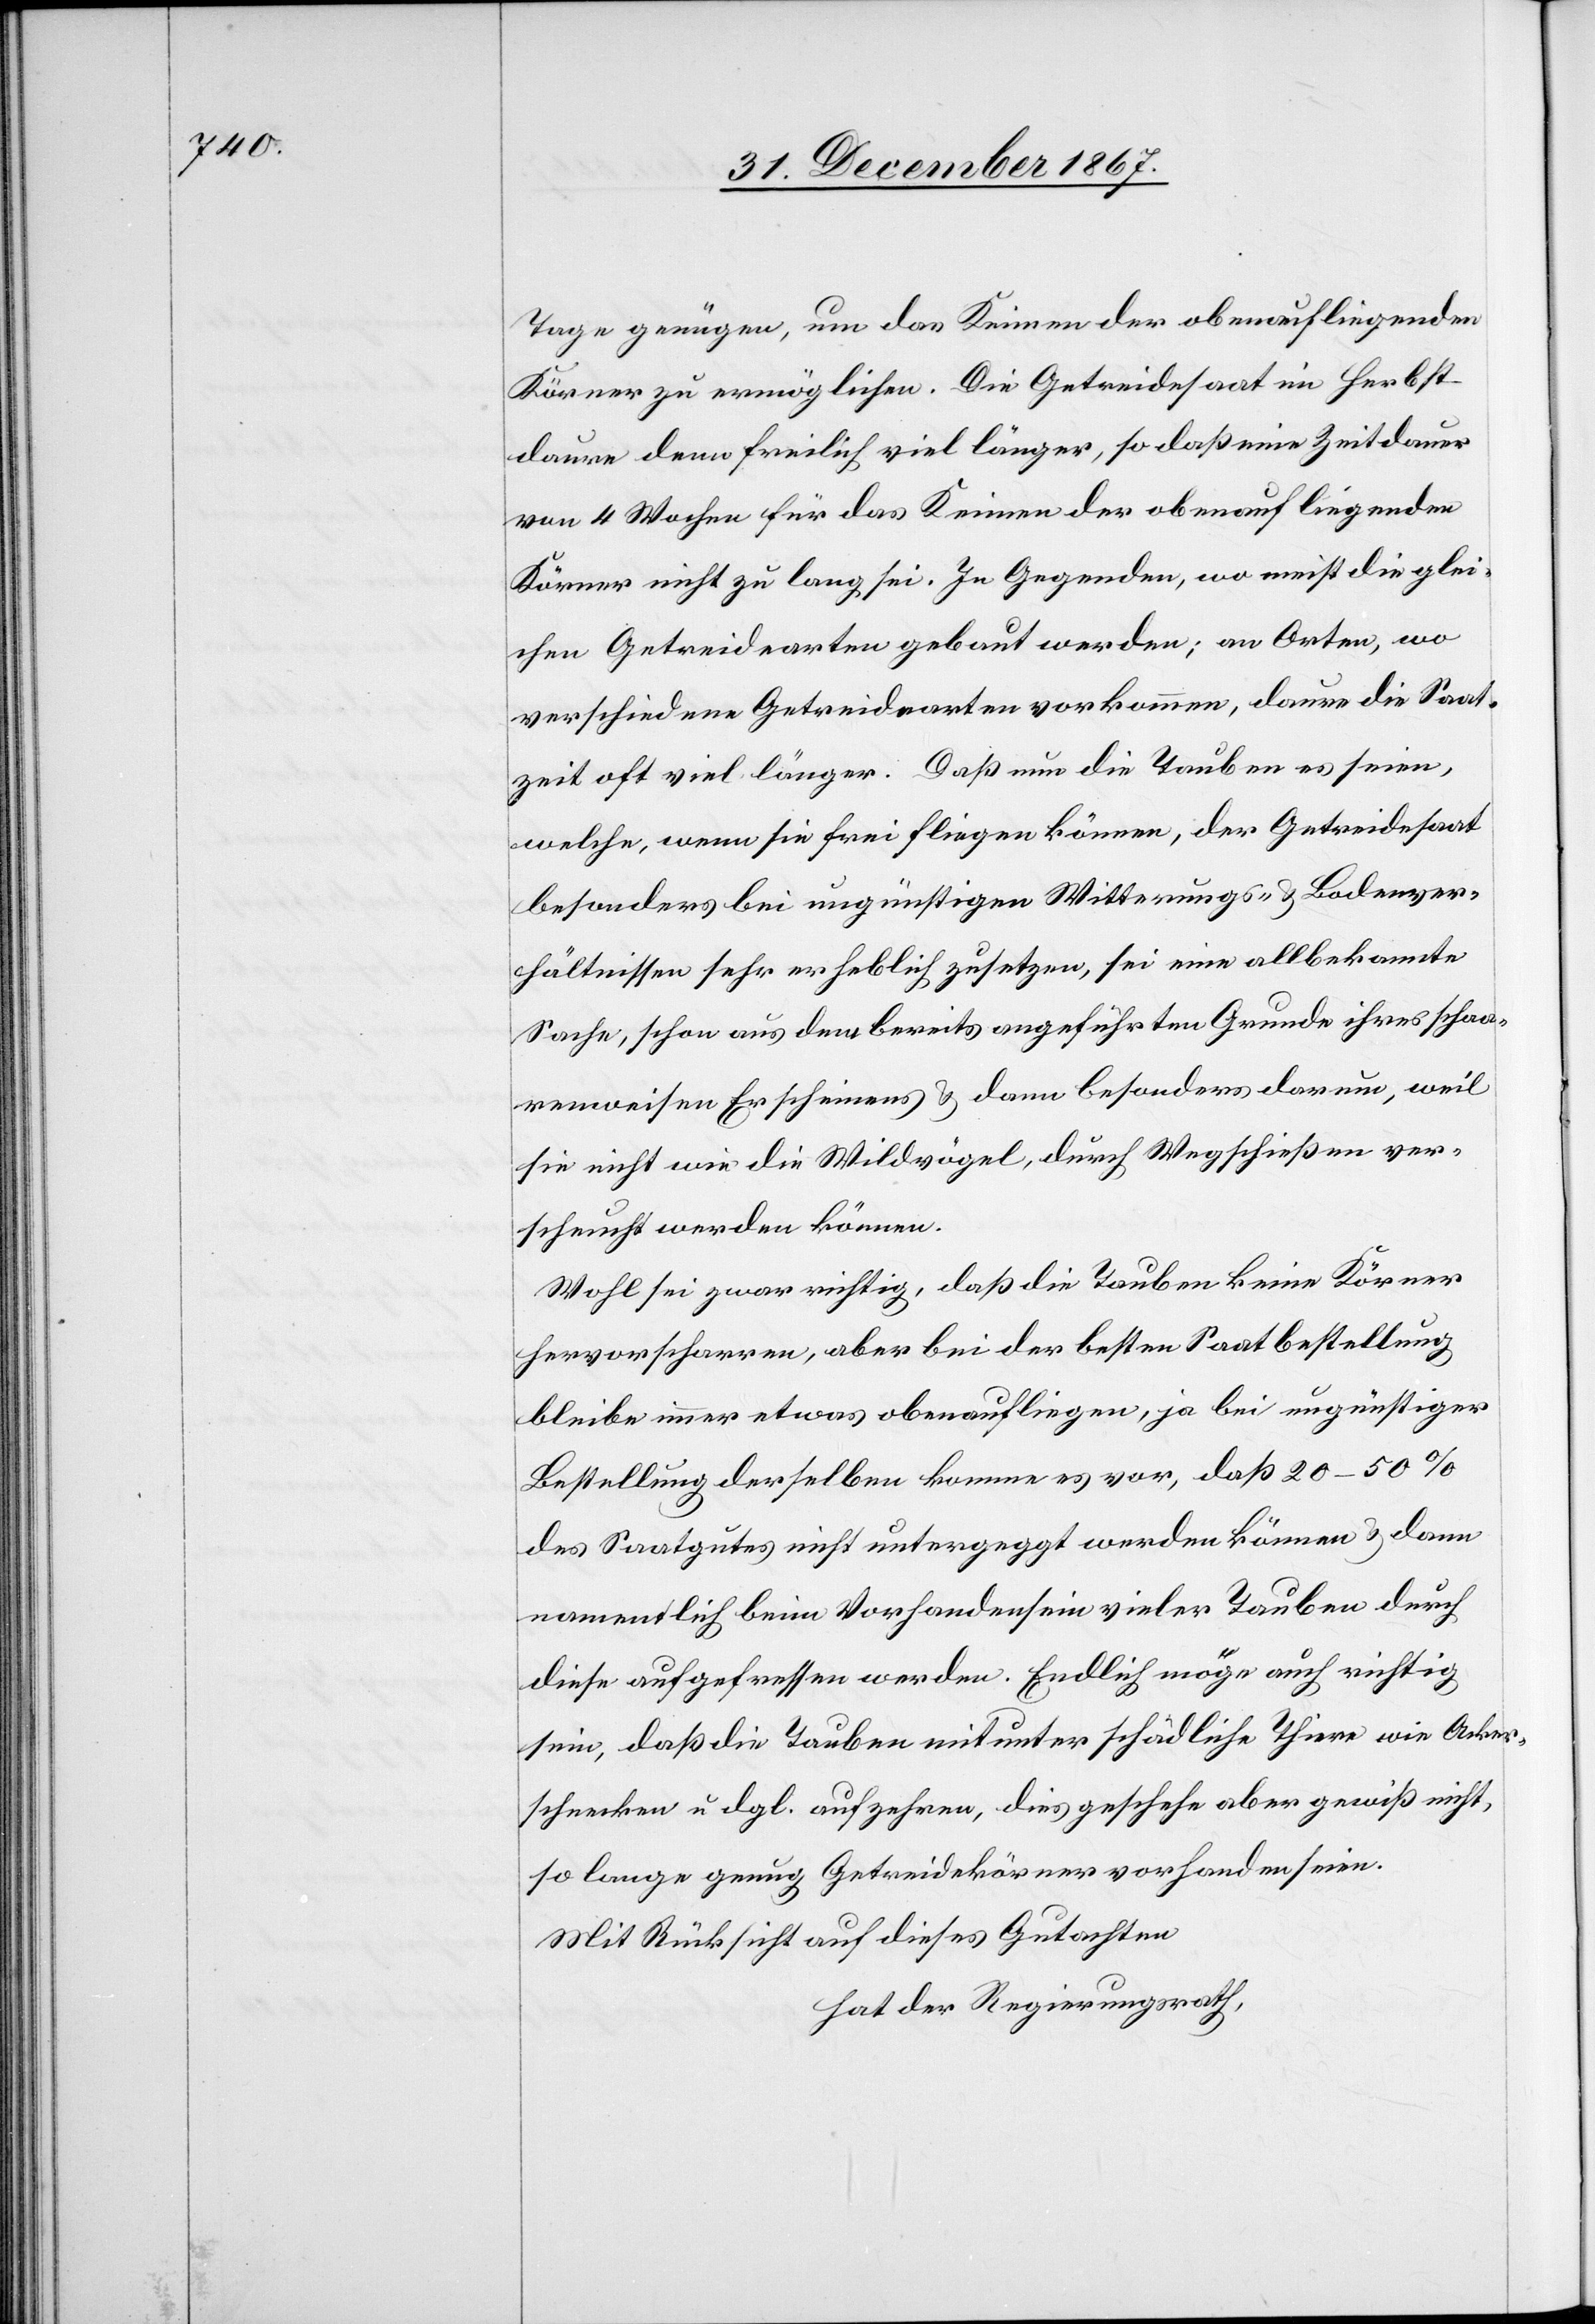
Tage genügen, um das Keimen der obenaufliegenden
Körner zu ermöglichen. Die Getreidesaat im Herbst
daure denn freilich viel länger, so daß eine Zeitdauer
von 4 Wochen für das Keimen der obenauf liegenden
Körner nicht zu lang sei. In Gegenden, wo meist die glei¬
chen Getreidearten gebaut werden; an Orten, wo
verschiedene Getreidearten vorkommen, daure die Saat¬
zeit oft viel länger [sic!]. Daß nun die Tauben es seien,
welche, wenn sie frei fliegen können, der Getreidesaat
besonders bei ungünstigen Witterungs- u. Bodenver¬
hältnissen sehr erheblich zusetzen, sei eine allbekannte
Sache, schon aus dem bereits angeführten Grunde ihres schaa¬
renweisen Erscheinens u. dann besonders darum, weil
sie nicht wie die Wildvögel, durch Wegschießen ver¬
scheucht werden können.
Wohl sei zwar richtig, daß die Tauben keine Körner
hervorscharren, aber bei der besten Saatbestellung
bleibe immer etwas obenaufliegen, ja bei ungünstiger
Bestellung derselben komme es vor, daß 20–50 %
des Saatgutes nicht untergeggt [sic!] werden können u. dann
namentlich beim Vorhandensein vieler Tauben durch
diese aufgefressen werden. Endlich möge auch richtig
sein, daß die Tauben mitunter schädliche Thiere wie Acker¬
schnecken u. dgl. aufzehren, dies geschehe aber gewiß nicht,
so lange genug Getreidekörner vorhanden seien.
Mit Rücksicht auf dieses Gutachten,
hat der Regierungsrath,